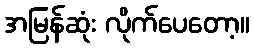
အမြန်ဆုံး လိုက်ပေတော့။